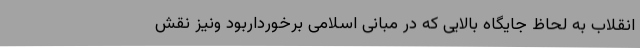
انقلاب به لحاظ جایگاه بالایی که در مبانی اسلامی برخورداربود ونیز نقش